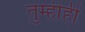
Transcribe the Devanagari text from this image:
तुम्हीही